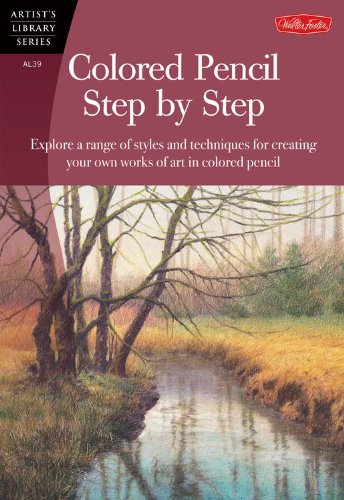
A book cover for Colored Pencil Step by Step: Explore a range of styles and techniques for creating your own works of art in colored pencils (Artist's Library); Pat Averill; Arts & Photography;